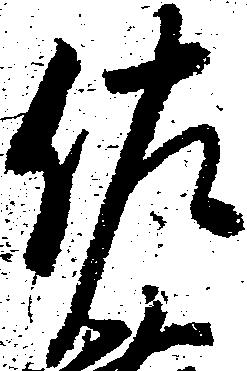
佐